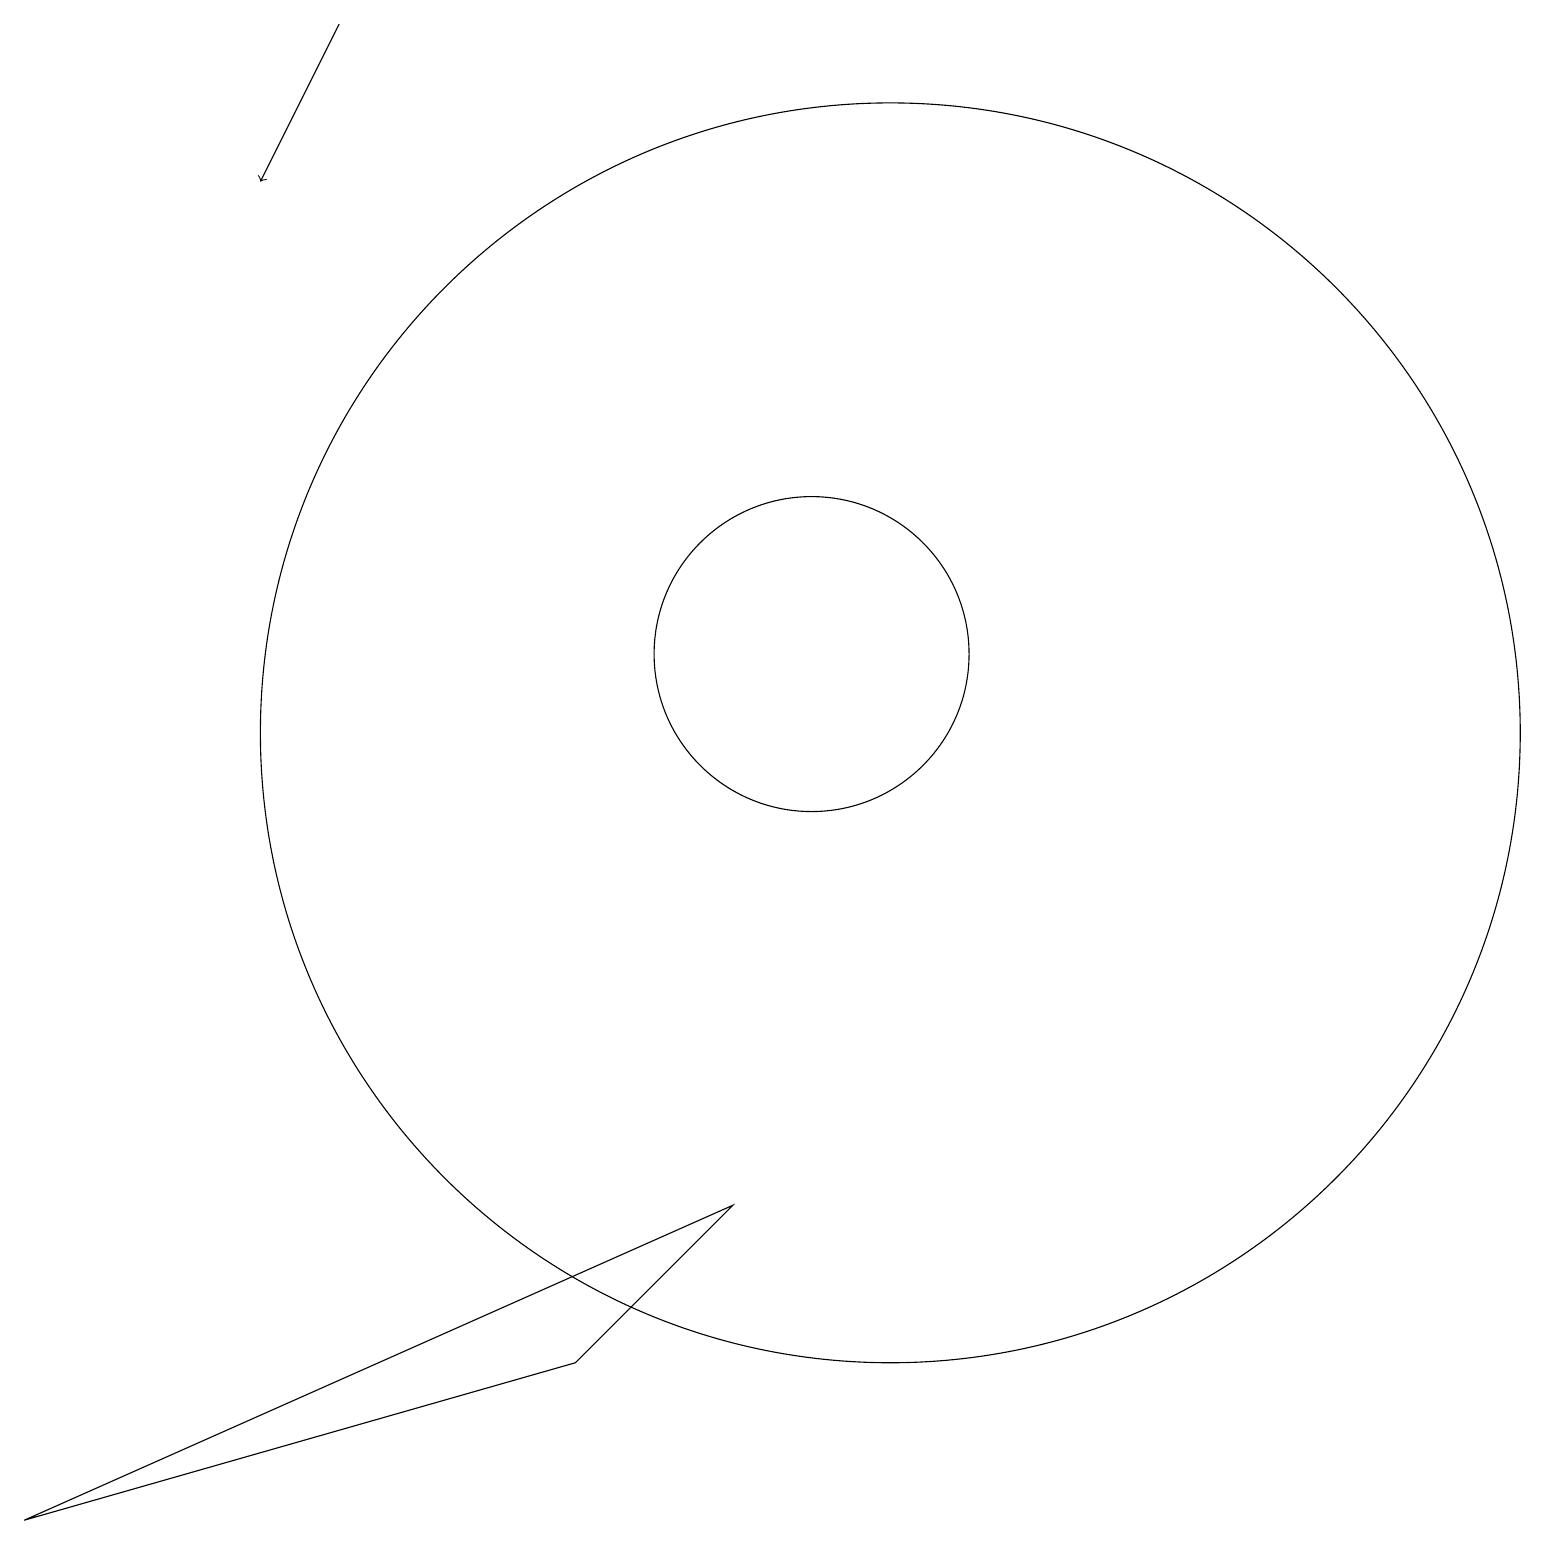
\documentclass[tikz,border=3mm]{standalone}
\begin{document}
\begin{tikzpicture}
\draw (10,11) circle (2);
\draw[->] (4,19) -- (3,17);
\draw (9,4) -- (7,2) -- (0,0) -- cycle;
\draw (11,10) circle (8);
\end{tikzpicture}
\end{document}